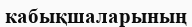
кабықшаларының